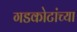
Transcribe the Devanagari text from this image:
गडकोटांच्या